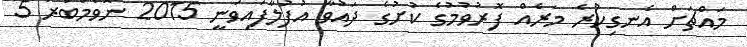
މައްޗަށް އެނގިހުރެ މަރެއް ފޮރުވުމުގެ ކުށުގެ ދައުވާ އުފުލާފައިވަނީ 2015 ނޮވެމްބަރު 5